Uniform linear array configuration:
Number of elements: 12
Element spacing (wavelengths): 0.25
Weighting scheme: uniform
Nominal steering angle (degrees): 60
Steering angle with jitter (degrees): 58.514
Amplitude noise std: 0.05
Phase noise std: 0.05

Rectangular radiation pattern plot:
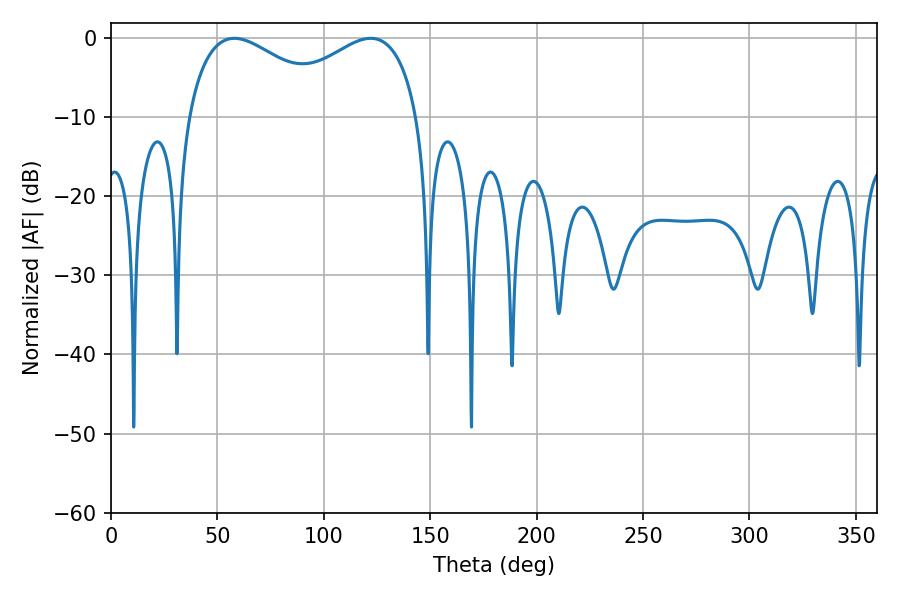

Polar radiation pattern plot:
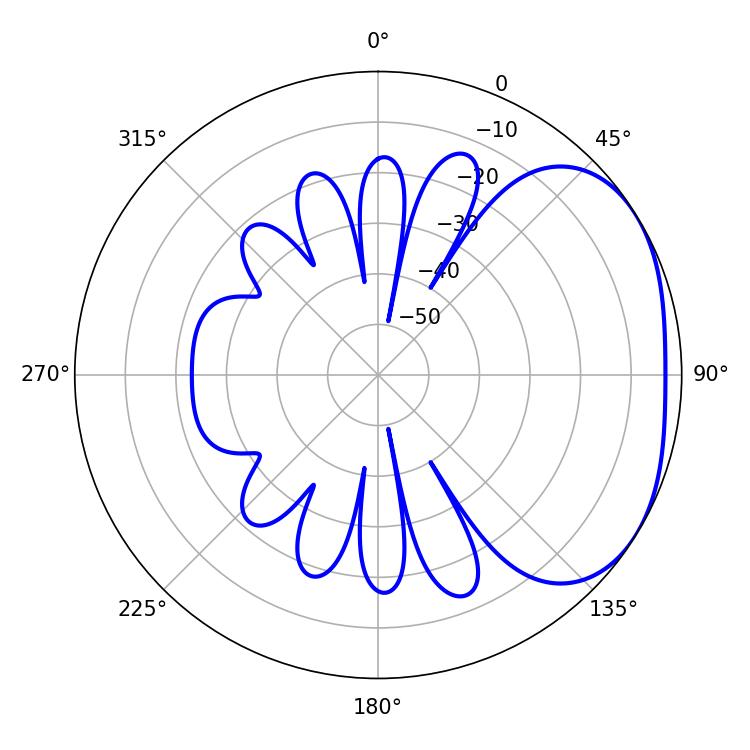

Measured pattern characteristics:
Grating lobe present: FALSE
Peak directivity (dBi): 2.615
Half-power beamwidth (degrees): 39.96
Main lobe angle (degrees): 57.96